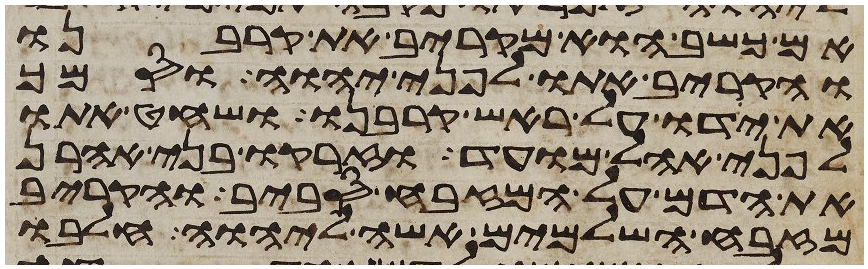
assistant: אם כשב הוא מקריב את קרבנו
והקריב אתו לפני יהוה וסמך
את ידו על ראש קרבנו ושחט אתו
לפני אהל מועד וזרקו בני אהרן
את הדם על המזבח סביב והקריב
מזבח השלמים אשה ליהוה חלבו